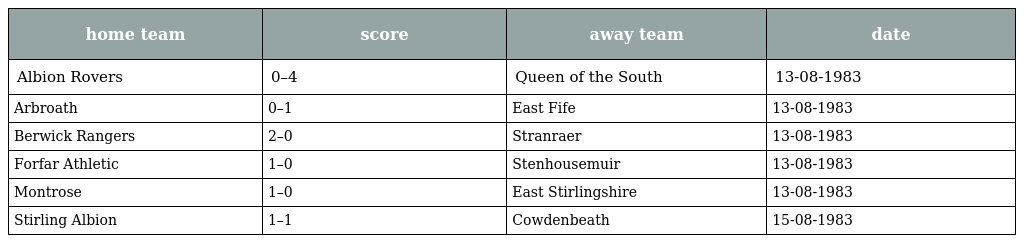
| home team | score | away team | date |
 | --- | --- | --- | --- |
 | Albion Rovers | 0–4 | Queen of the South | 13-08-1983 |
 | Arbroath | 0–1 | East Fife | 13-08-1983 |
 | Berwick Rangers | 2–0 | Stranraer | 13-08-1983 |
 | Forfar Athletic | 1–0 | Stenhousemuir | 13-08-1983 |
 | Montrose | 1–0 | East Stirlingshire | 13-08-1983 |
 | Stirling Albion | 1–1 | Cowdenbeath | 15-08-1983 |